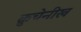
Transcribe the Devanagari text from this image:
क्रुचेनीख